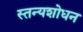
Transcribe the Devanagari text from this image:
स्तन्यशोधन